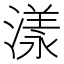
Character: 漾